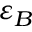
\varepsilon _ { B }